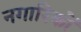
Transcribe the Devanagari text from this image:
नगारिकों